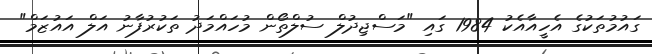
ގައުމުތަކުގެ އެހީއާއެކު 1984 ގައި "މަސްޖިދުލް ސުލްތޯން މުހައްމަދު ތަކުރުފާނު އަލް އައުޒަމް"